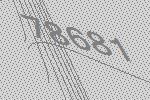
78681